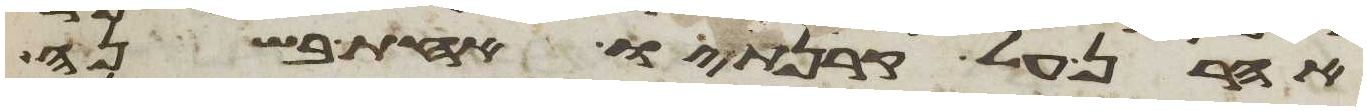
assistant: אהרן על קרנתיו אחת בשנה